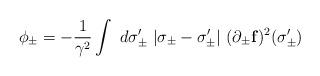
LaTeX: \begin{align*}\phi_{\pm} = -\frac{1}{\gamma^2} \int~d\sigma_{\pm}'~ |\sigma_{\pm} - \sigma'_{\pm}|~ (\partial_{\pm}{\bf f})^2 (\sigma'_{\pm})\end{align*}